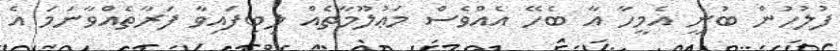
ފުލުހުން ބުނީ އެމީހާ އާ ބެހޭ އެއްވެސް މަޢުލޫމާތެއް ލިބިފައިވާ ފަރާތެއްވާނަމަ އެ